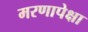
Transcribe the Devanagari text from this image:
मरणापेक्षा